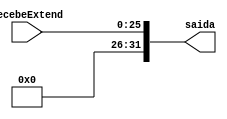
/*
 Alunos: Washington Pagotto Batista, Pedro kenndy e Ivan Rios
 Universidade Estadual de Feira de Santana 2017.1
 TEC499 - MI - Sistemas Digitais

 Modulo: extend_26.v
 Descrio: Modulo criado para quinto estagio da pipeline 
 Entradas:
   
    recebeExtend: 26-bit value
	
	
 Saida:
    saida: 32 bits
*/
module jump(
	input [25:0] recebeExtend,
	output reg [31:0] saida
);

	always @(*) begin
	    		 saida[31:0] <= {{6'b0},recebeExtend[25:0]};
	end

endmodule